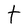
Character: t